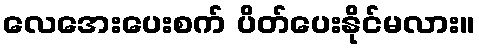
လေအေးပေးစက် ပိတ်ပေးနိုင်မလား။